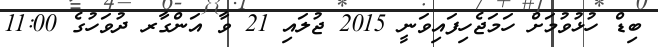
ބިޑް ހުޅުވުމަށް ހަމަޖެހިފައިވަނީ 2015 ޖުލައި 21 ވާ އަންގާރ ދުވަހުގެ 11:00